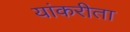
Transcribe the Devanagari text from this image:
यांकरीता